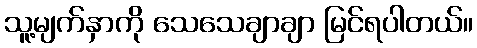
သူ့မျက်နှာကို သေသေချာချာ မြင်ရပါတယ်။